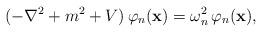
LaTeX: \begin{align*}(-\nabla^2+m^2+V)\,\varphi_n({\bf x})=\omega_n^2\,\varphi_n({\bf x}),\end{align*}